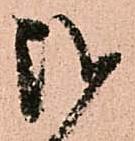
弐